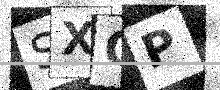
Text: SXQP